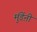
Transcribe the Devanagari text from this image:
मुंडेंऩी